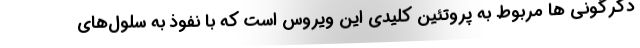
دگرگونی ها مربوط به پروتئین کلیدی این ویروس است که با نفوذ به سلول‌های